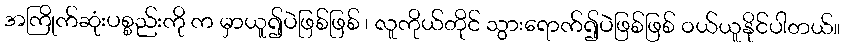
အကြိုက်ဆုံးပစ္စည်းကို က မှာယူ၍ပဲဖြစ်ဖြစ် ၊ လူကိုယ်တိုင် သွားရောက်၍ပဲဖြစ်ဖြစ် ဝယ်ယူနိုင်ပါတယ်။